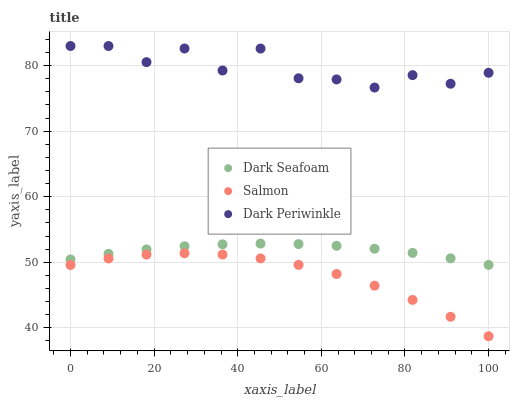
| xaxis_label | Dark Seafoam | Salmon | Dark Periwinkle |
 | --- | --- | --- | --- |
 | 0 | 50.4 | 49.6 | 83 |
 | 9.09 | 51.3 | 50.6 | 83 |
 | 18.2 | 51.9 | 51.2 | 80.5 |
 | 27.3 | 52.4 | 51.4 | 82.6 |
 | 36.4 | 52.7 | 51.2 | 79.3 |
 | 45.5 | 52.8 | 50.6 | 82.6 |
 | 54.5 | 52.8 | 49.6 | 78.1 |
 | 63.6 | 52.5 | 48.2 | 77.9 |
 | 72.7 | 52.1 | 46.4 | 76.7 |
 | 81.8 | 51.4 | 44.2 | 78.6 |
 | 90.9 | 50.6 | 41.7 | 77.2 |
 | 100 | 49.6 | 38.7 | 78.9 |